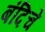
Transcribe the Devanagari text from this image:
बंदिचे